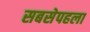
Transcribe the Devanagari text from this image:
सबसेपहला